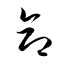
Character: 命